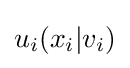
u_{i}(x_{i}|v_{i})